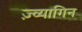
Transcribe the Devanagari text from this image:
ज़्व्यागिन